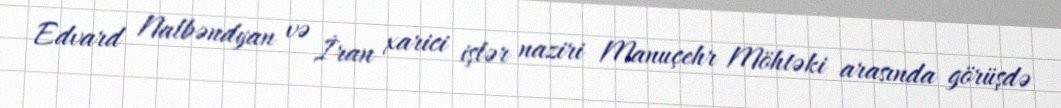
Edvard Nalbəndyan və İran xarici işlər naziri Manuçehr Möhtəki arasında görüşdə